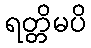
ရတ္တိမပိ